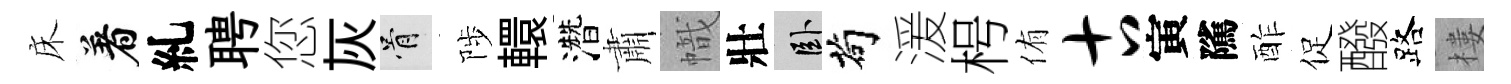
床着糺聘您灰骨陟轘濳肅幟壯卧茍湲枵侑古寅隲酢促醱路樓